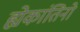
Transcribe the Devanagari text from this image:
ह्येकांतिनो